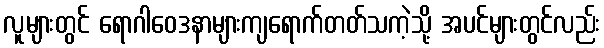
လူများတွင် ရောဂါဝေဒနာများကျရောက်တတ်သကဲ့သို့ အပင်များတွင်လည်း